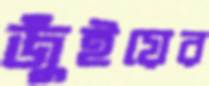
জুঁইয়ের